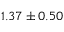
1 . 3 7 \pm 0 . 5 0 \